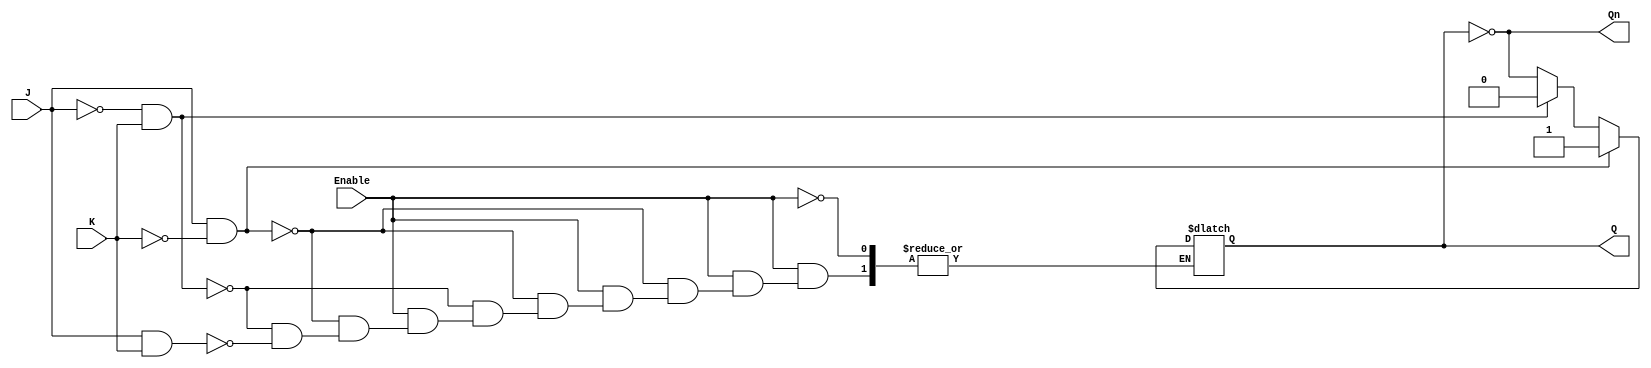
module gated_jk_latch (
    input wire J,         // Set input
    input wire K,         // Reset input
    input wire Enable,    // Clock (or Enable) signal
    output reg Q,         // Current state output
    output wire Qn        // Inverted current state output
);

    assign Qn = ~Q; // Q' is the inverted output of Q

    always @(*) begin
        if (Enable) begin
            if (J && !K) begin
                Q = 1; // Set condition
            end else if (!J && K) begin
                Q = 0; // Reset condition
            end else if (J && K) begin
                Q = ~Q; // Toggle condition
            end
            // If J = 0 and K = 0, Q remains unchanged
        end
        // If Enable is low, the previous state of Q is retained
    end

endmodule